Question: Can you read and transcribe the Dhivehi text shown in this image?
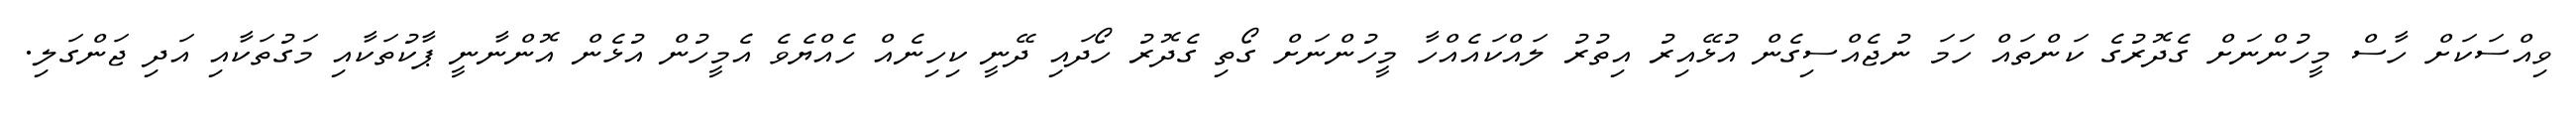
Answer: ވިއްސަކަށް ހާސް މީހުންނަށް ގެދޮރުގެ ކަންތައް ހަމަ ނުޖެއްސިގެން އުޅޭއިރު އިތުރު ލައްކައެއްހާ މީހުންނަށް ގޯތި ގެދޮރު ހޯދައި ދޭނީ ކިހިނެއް ހެއްޔެވެ އެމީހުން އުޅެން އޮންނާނީ ޕާކުތަކާއި މަގުތަކާއި އަދި ޖަންގަލި.